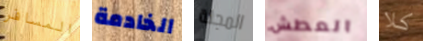
المسافر الخادمة المجلة العطش كلا